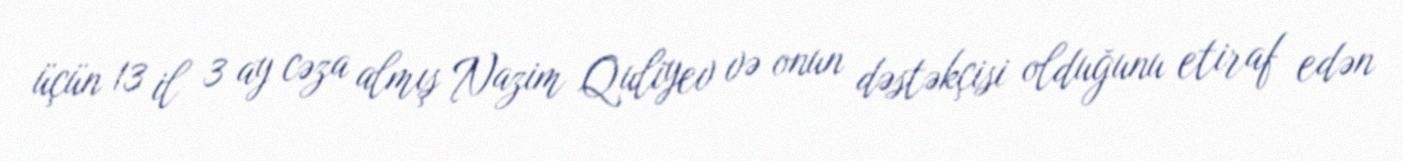
üçün 13 il 3 ay cəza almış Nazim Quliyev və onun dəstəkçisi olduğunu etiraf edən